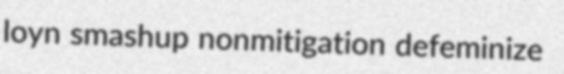
loyn smashup nonmitigation defeminize